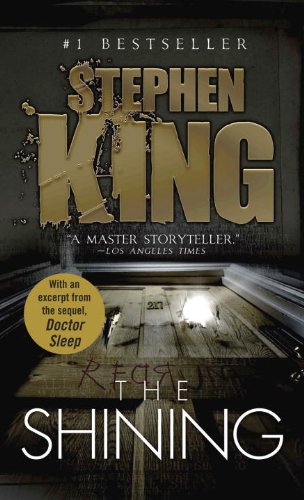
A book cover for The Shining; Stephen King; Mystery, Thriller & Suspense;